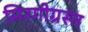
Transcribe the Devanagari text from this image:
मिरगीग्रस्त